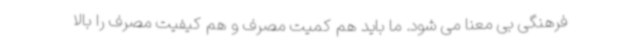
فرهنگی بی معنا می شود. ما باید هم کمیت مصرف و هم کیفیت مصرف را بالا